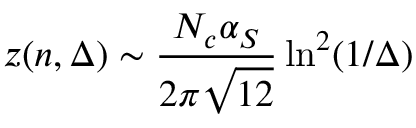
z ( n , \Delta ) \sim \frac { N _ { c } \alpha _ { S } } { 2 \pi \sqrt { 1 2 } } \ln ^ { 2 } ( 1 / \Delta )